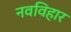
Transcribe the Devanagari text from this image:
नवविहार